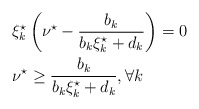
\begin{align*} &\xi_k^{\star} \left( \nu^{\star} - \frac{b_k}{b_k \xi_k^{\star} + d_k}\right)= 0 \\ &\nu^{\star} \geq \frac{b_k}{b_k \xi_k^{\star} + d_k}, \forall k \end{align*}